Report on lock hospitals in British Burma
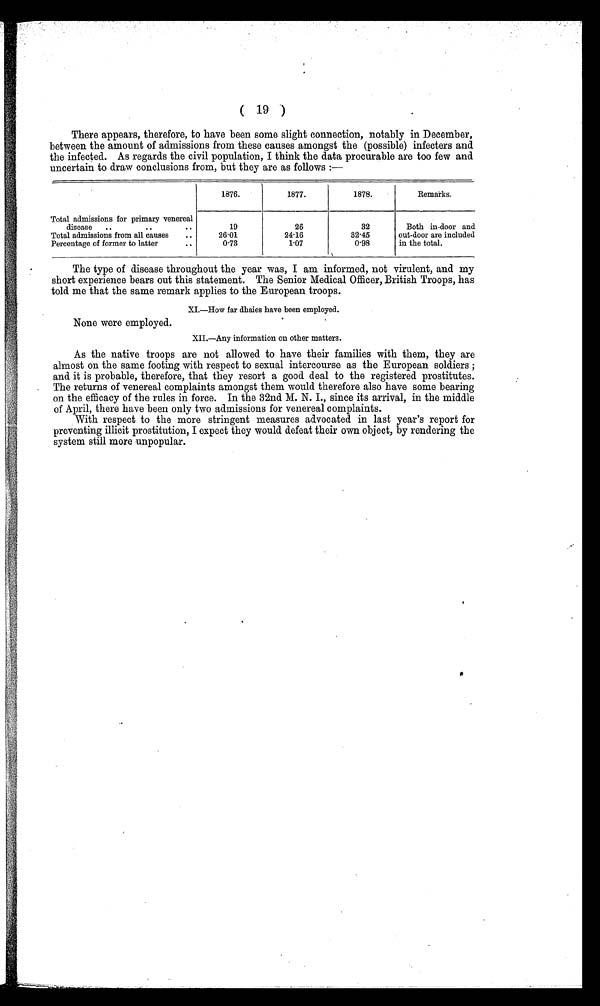
( 19 )
There appears, therefore, to have been some slight connection, notably in December,
between the amount of admissions from these causes amongst the (possible) infecters and
the infected. As regards the civil population, I think the data procurable are too few and
uncertain to draw conclusions from, but they are as follows :—
1876.
1877.
1878.
Remarks.
Total admissions for primary venereal
disease
...
19
26
32
Both in-door and
out-door are included
in the total.
Total admissions from all causes
..
26.01
24.16
32.45
Percentage of former to latter
..
0.73
1.07
0.98
The type of disease throughout the year was, I am informed, not virulent, and my
short experience bears out this statement. The Senior Medical Officer, British Troops, has
told me that the same remark applies to the European troops.
XI.—How far dhaies have been employed.
None were employed.
XII.—Any information on other matters.
As the native troops are not allowed to have their families with them, they are
almost on the same footing with respect to sexual intercourse as the European soldiers ;
and it is probable, therefore, that they resort a good deal to the registered prostitutes.
The returns of venereal complaints amongst them would therefore also have some bearing
on the efficacy of the rules in force. In the 32nd M. N. I. since its arrival, in the middle
of April, there have been only two admissions for venereal complaints.
With respect to the more stringent measures advocated in last year's report for
preventing illicit prostitution, I expect they would defeat their own object, by rendering the
system still more unpopular.